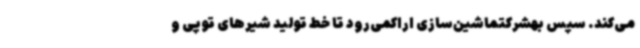
می‌کند. سپس بهشرکتماشین‌سازی اراکمی‌رود تا خط تولید شیرهای توپی و